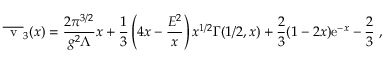
\overline { { { \mathrm { \Large ~ v ~ } } } } _ { 3 } ( x ) = { \frac { 2 \pi ^ { 3 / 2 } } { g ^ { 2 } \Lambda } } x + { \frac { 1 } { 3 } } \left( 4 x - { \frac { { \cal E } ^ { 2 } } { x } } \right) x ^ { 1 / 2 } { \mit \Gamma } ( 1 / 2 , x ) + { \frac { 2 } { 3 } } ( 1 - 2 x ) { \mathrm e } ^ { - x } - { \frac { 2 } { 3 } } \ ,